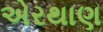
એરથાણ